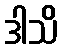
ဒါသိ